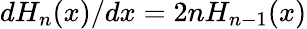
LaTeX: dH_{n}(x)/dx=2nH_{n-1}(x)